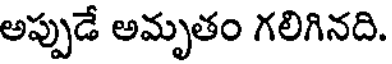
అప్పుడే అమృతం గలిగినది.